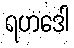
ရဟဒေါ